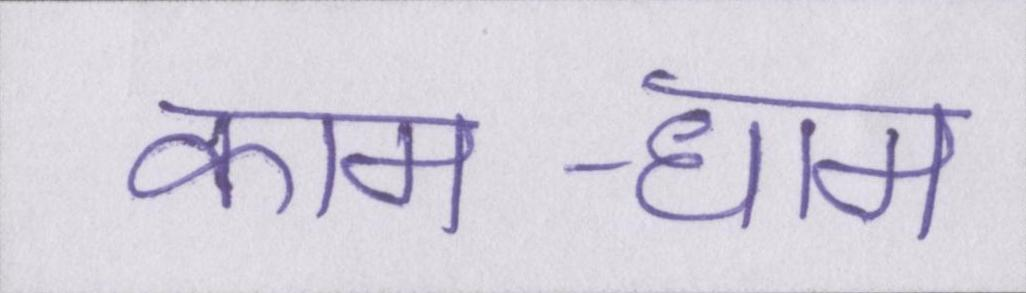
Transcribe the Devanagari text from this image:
काम-धाम